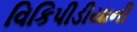
વિકિપીડીયાની